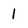
Character: 1